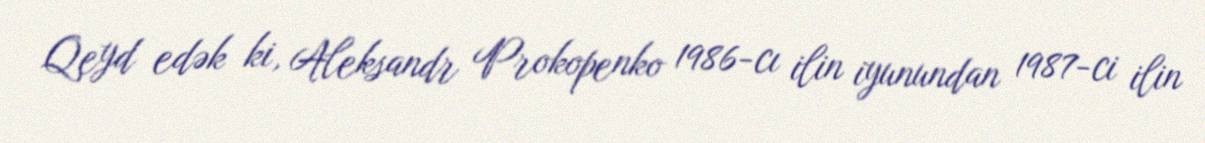
Qeyd edək ki, Aleksandr Prokopenko 1986-cı ilin iyunundan 1987-ci ilin